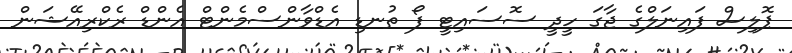
ޕޮލިސް ފައިނަލްގެ ޖާގަ ހީދީ ސޮސައިޓީ ފޯ ތުނޑި އެޑްވާންސްމެންޓް އެންޑް ރެކްރިއޭޝަން